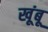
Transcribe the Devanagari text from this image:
खूंबू